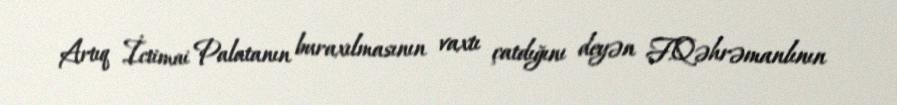
Artıq İctimai Palatanın buraxılmasının vaxtı çatdığını deyən F.Qəhrəmanlının